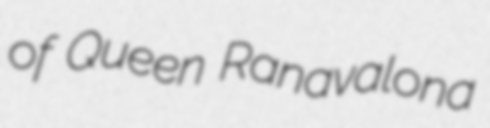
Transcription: of Queen Ranavalona